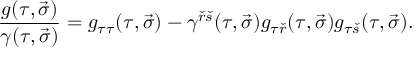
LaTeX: { \frac { g ( \tau , \vec { \sigma } ) } { \gamma ( \tau , \vec { \sigma } ) } } = g _ { \tau \tau } ( \tau , \vec { \sigma } ) - \gamma ^ { { \check { r } } { \check { s } } } ( \tau , \vec { \sigma } ) g _ { \tau { \check { r } } } ( \tau , \vec { \sigma } ) g _ { \tau { \check { s } } } ( \tau , \vec { \sigma } ) .